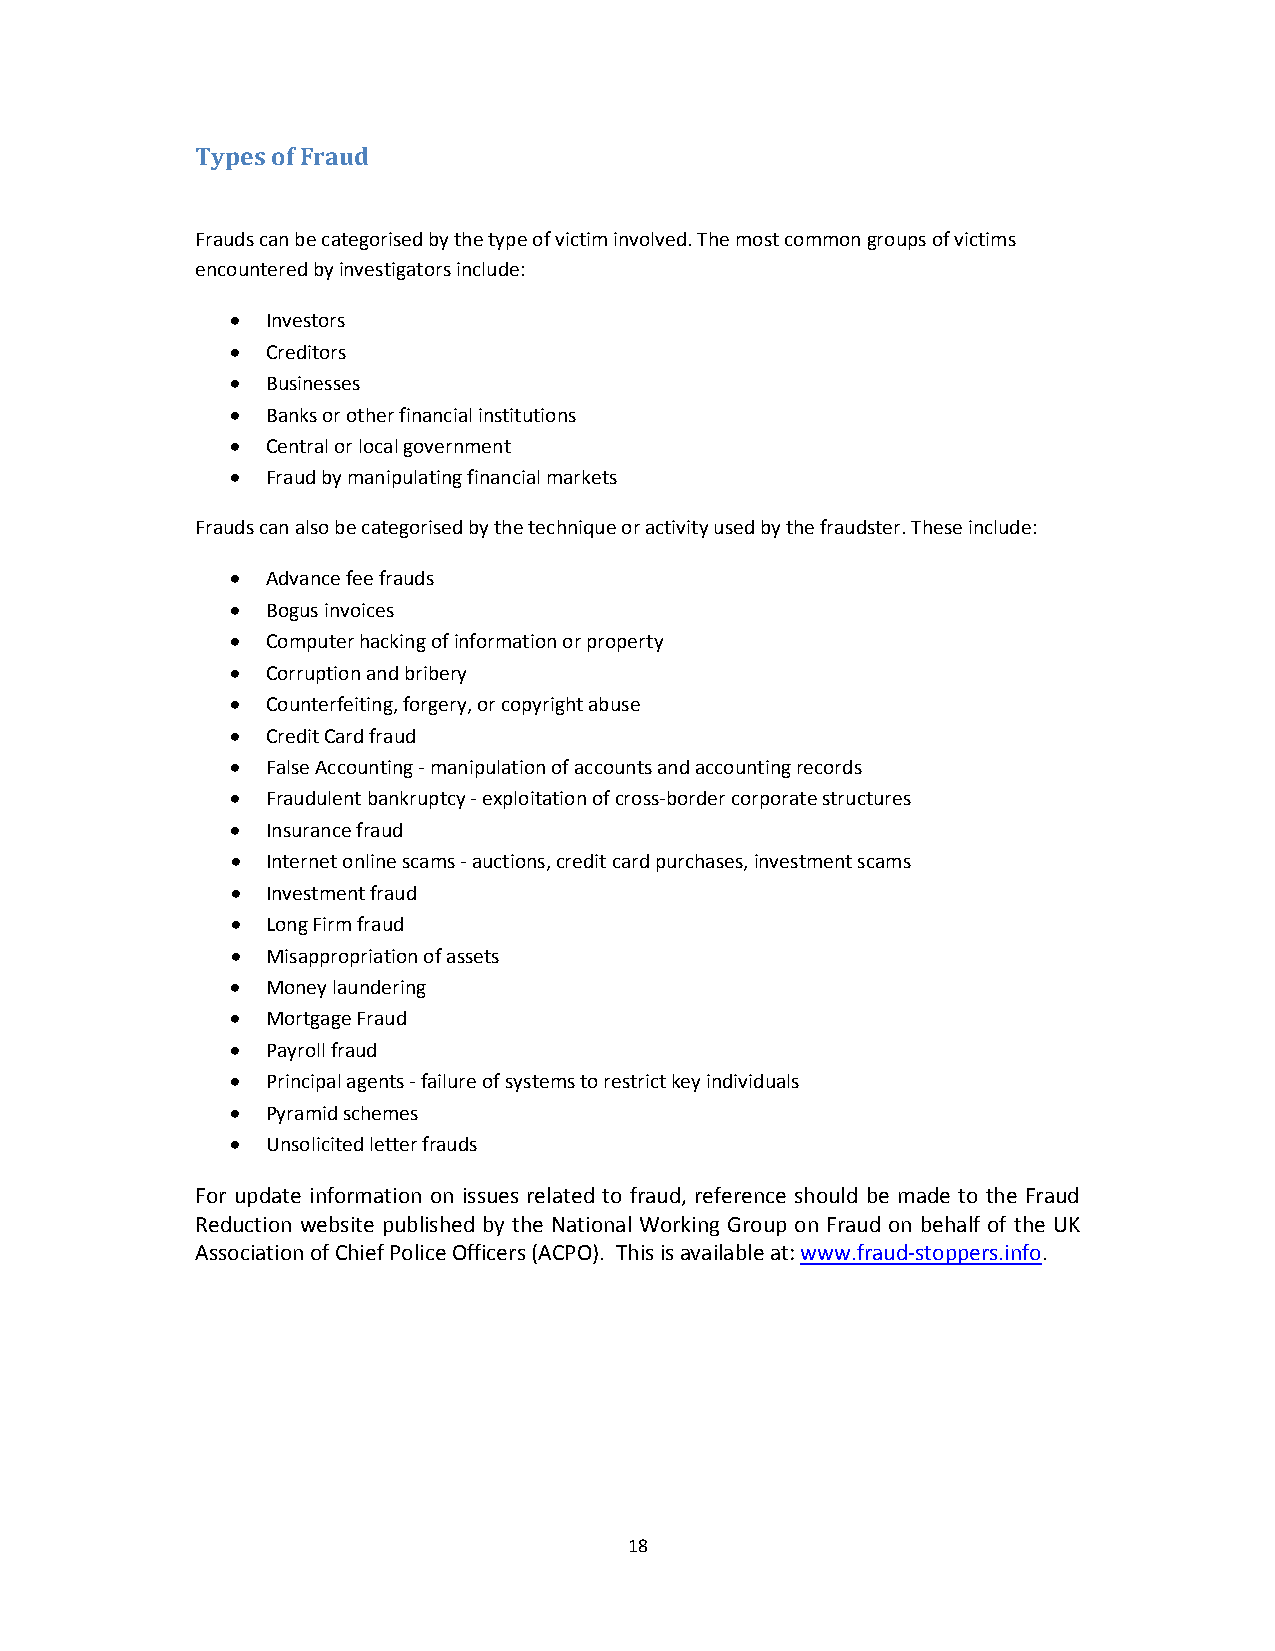
Types of Fraud
 Frauds can be categorised by the type of victim involved. The most common groups of victims
 encountered by investigators include:
   Investors
   Creditors
   Businesses
   Banks or other financial institutions
   Central or local government
   Fraud by manipulating financial markets
 Frauds can also be categorised by the technique or activity used by the fraudster. These include:
   Advance fee frauds
   Bogus invoices
   Computer hacking of information or property
   Corruption and bribery
   Counterfeiting, forgery, or copyright abuse
   Credit Card fraud
   False Accounting ‐ manipulation of accounts and accounting records
   Fraudulent bankruptcy ‐ exploitation of cross‐border corporate structures
   Insurance fraud
   Internet online scams ‐ auctions, credit card purchases, investment scams
   Investment fraud
   Long Firm fraud
   Misappropriation of assets
   Money laundering
   Mortgage Fraud
   Payroll fraud
   Principal agents ‐ failure of systems to restrict key individuals
   Pyramid schemes
   Unsolicited letter frauds
 For update information on issues related to fraud, reference should be made to the Fraud
 Reduction website published by the National Working Group on Fraud on behalf of the UK
 Association of Chief Police Officers (ACPO). This is available at: www.fraud‐stoppers.info.
 18